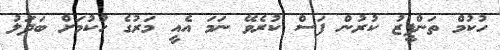
ހުކުމް ތަންފީޒު ކުރުން ފަސް ކުރެވޭ ނަމަ އެއީ މަރުގެ ހުކުމަށް ބަދަލު